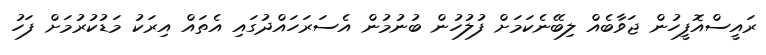
ރައީސްއޮފީހުން ޖަވާބެއް ލިބޭނެކަމަށް ފުލުހުން ބުނުމުން އެސަރަހައްދުގައި އެތައް އިރަކު މަޑުކުރުމަށް ފަހު